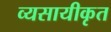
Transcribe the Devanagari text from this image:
व्यसायीकृत